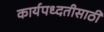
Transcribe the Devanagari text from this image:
कार्यपध्दतीसाठी